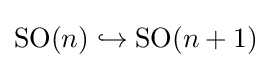
\operatorname {SO} (n)\hookrightarrow \operatorname {SO} (n+1)